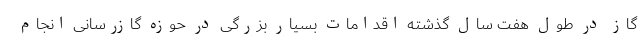
گاز در طول هفت سال گذشته اقدامات بسیار بزرگی در حوزه گازرسانی انجام